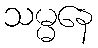
သမ္မနေ